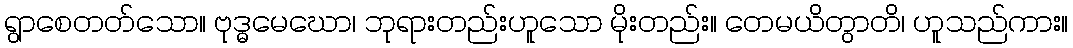
ရွာစေတတ်သော။ ဗုဒ္ဓမေဃော၊ ဘုရားတည်းဟူသော မိုးတည်း။ တေမယိတွာတိ၊ ဟူသည်ကား။